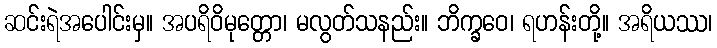
ဆင်းရဲအပေါင်းမှ။ အပရိဝိမုတ္တော၊ မလွတ်သနည်း။ ဘိက္ခဝေ၊ ရဟန်းတို့။ အရိယဿ၊